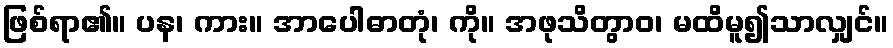
ဖြစ်ရာ၏။ ပန၊ ကား။ အာပေါဓာတုံ၊ ကို။ အဖုသိတွာဝ၊ မထိမူ၍သာလျှင်။